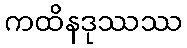
ကထိနဒုဿဿ